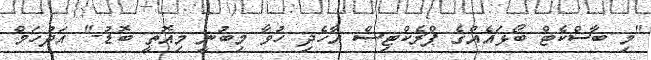
"މި ބާސްކެޓް ބޯޅައެއްގެ ޕްރެކްޓިސް އާހެދި ހުވާ މިބުނީ މިއޮތީ ބޮޑު-" އަދުހަމް